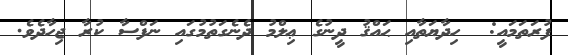
ފުރަތަމައީ:  ހިދާޔަތާއި ޙައްޤު ދީނުގެ ޢިލްމު ދެނެގަތުމުގައި ނަފްސާ ކުރާ ޖިހާދެވެ.